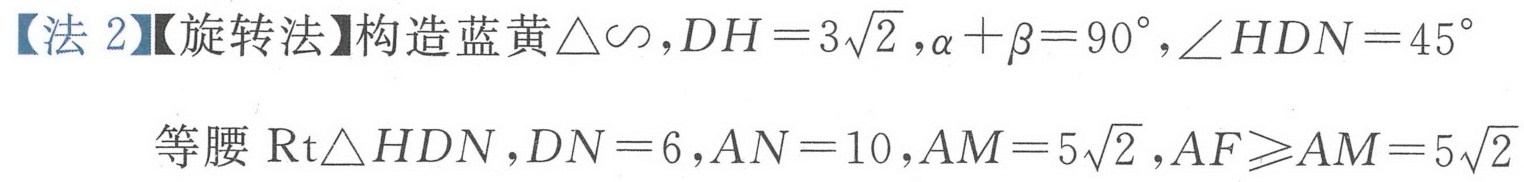
【法 2】【旋转法】构造蓝黄\(\triangle\sim\)，\(DH = 3\sqrt{2}\)，\(\alpha+\beta = 90^{\circ}\)，\(\angle HDN = 45^{\circ}\)
等腰\(\text{Rt}\triangle HDN\)，\(DN = 6\)，\(AN = 10\)，\(AM = 5\sqrt{2}\)，\(AF\geqslant AM = 5\sqrt{2}\)